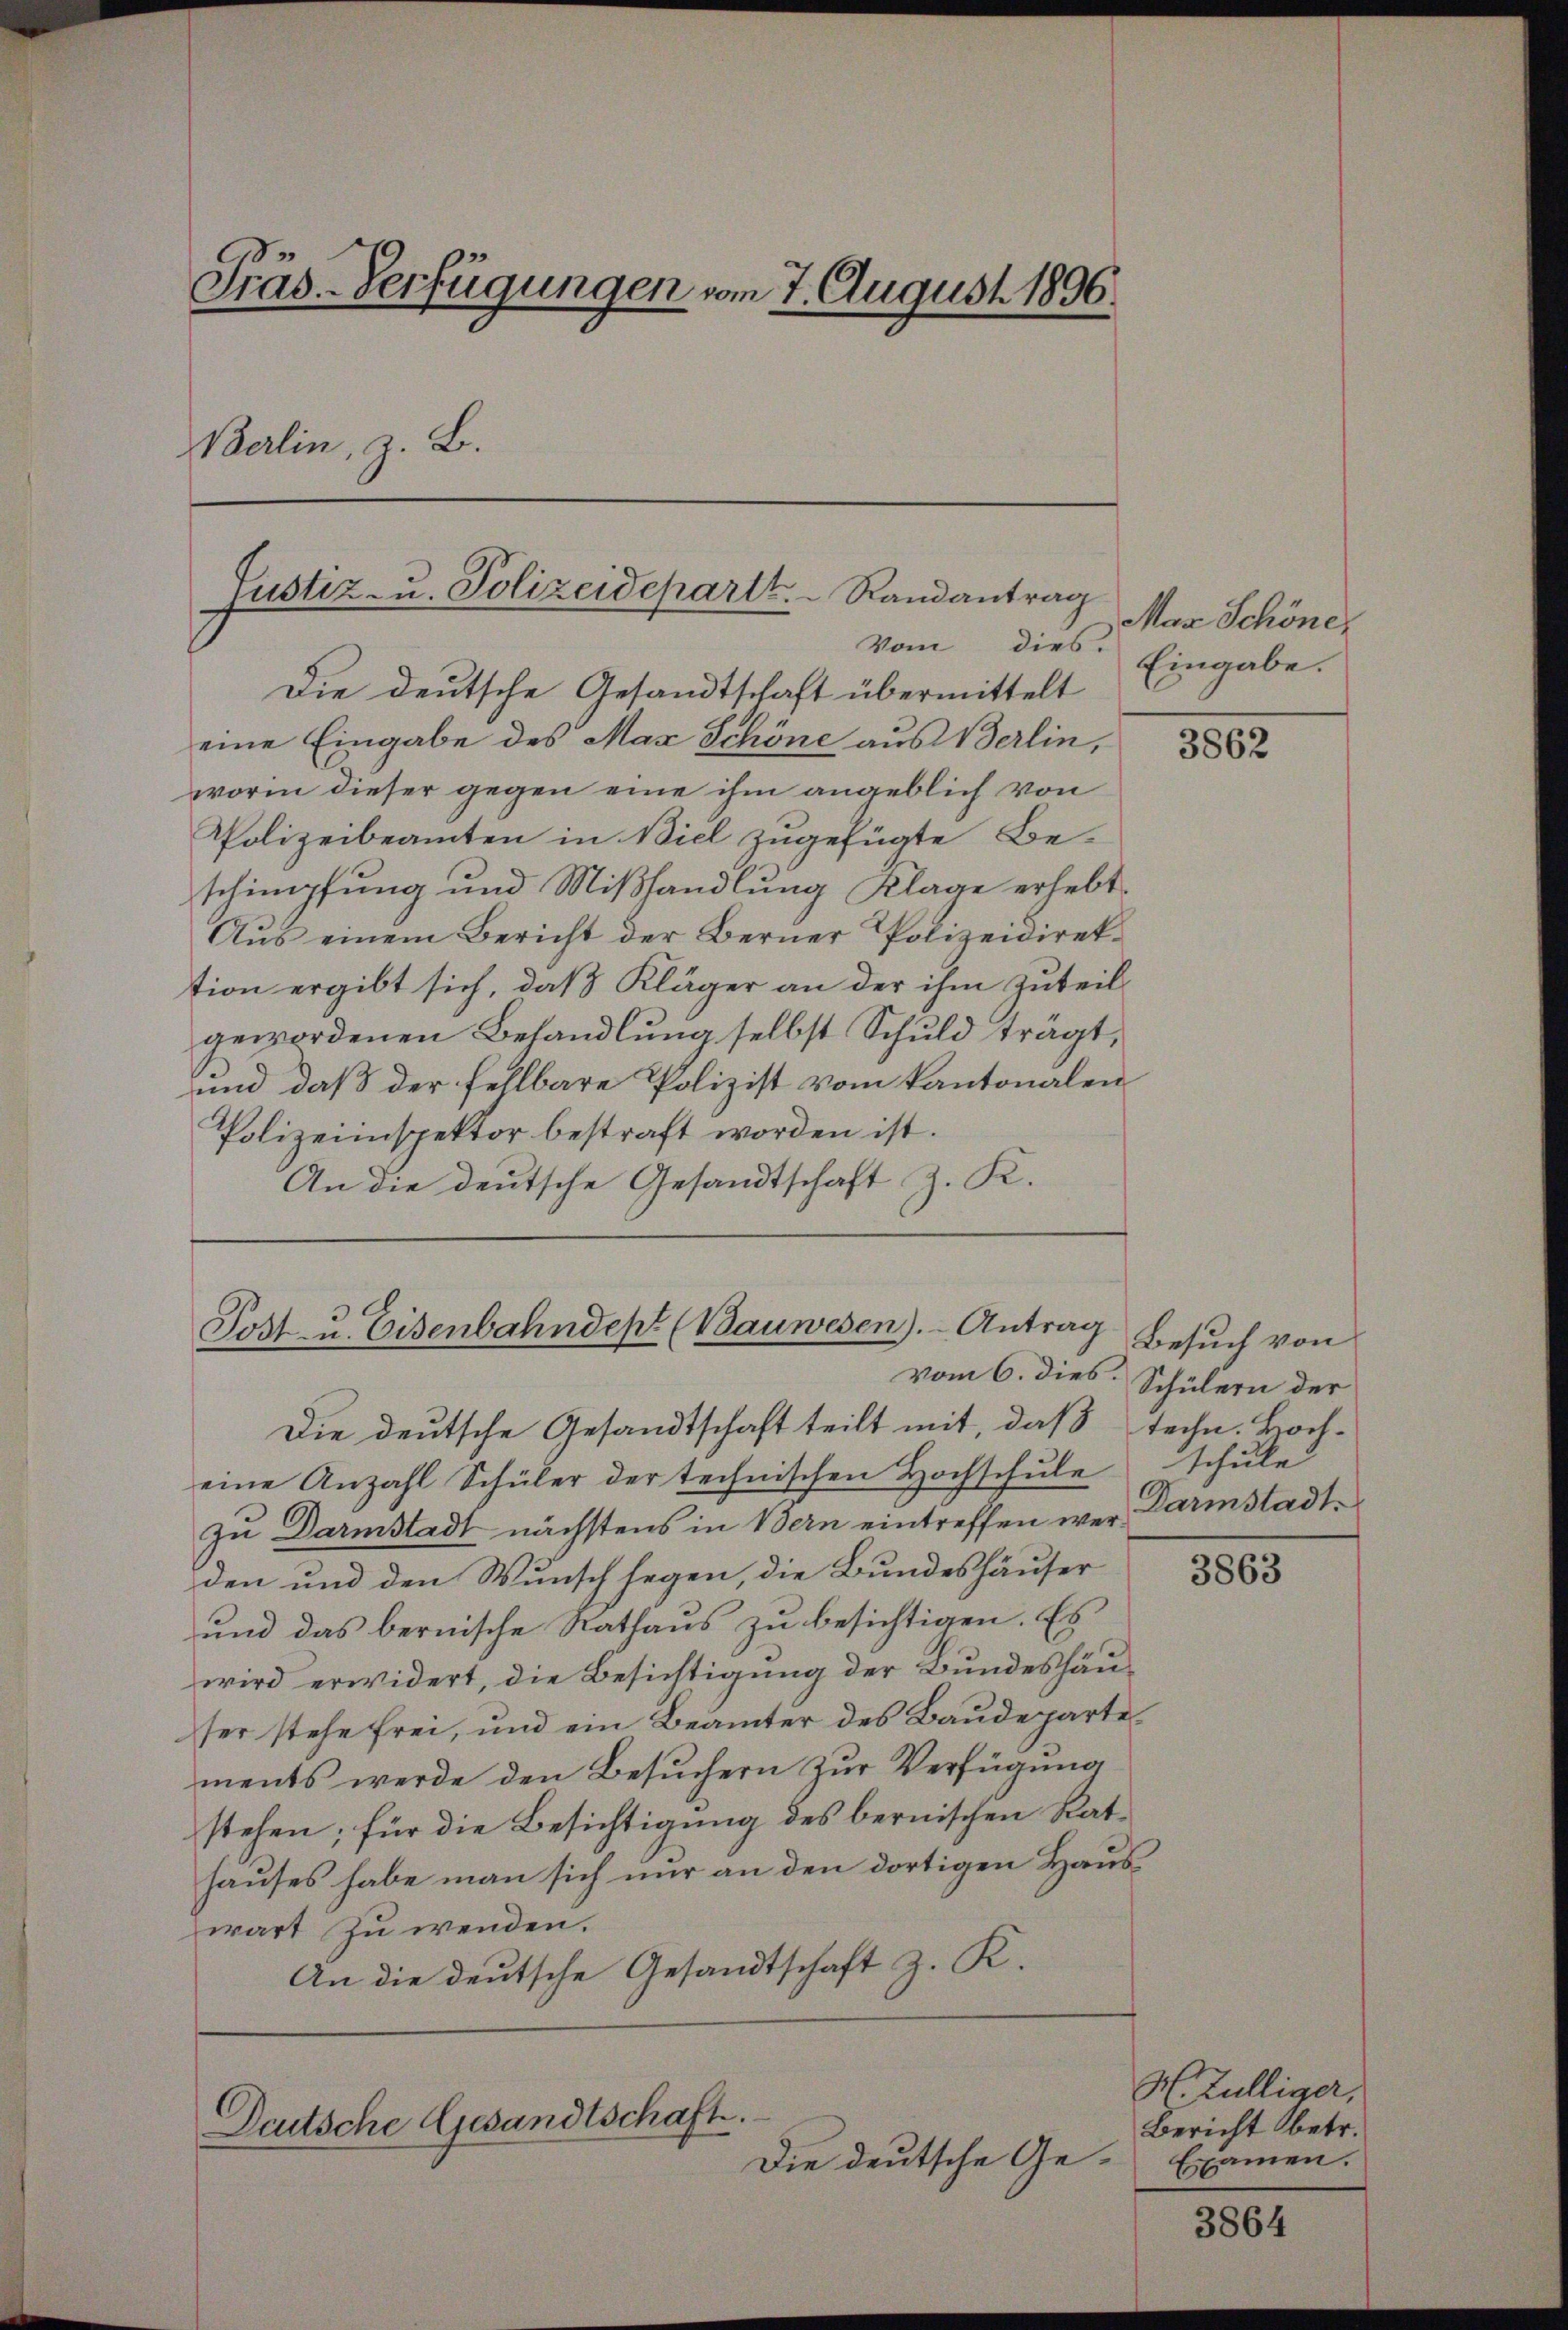
Präs. Verfügungen vom 7. August 1896.
erlin, z. B.

Justiz- u. Polizeidepartt.   Randantrag
vom dies: Eingabe.

vom 6. dies.

Die deutsche Gesandtschaft übermittelt
eine Eingabe des Max Schöne aus Berlin,
worin dieser gegen eine ihm angeblich von
Polizeibeamten in Biel zugefügte Be-
schimpfung und Mißhandlung Klage erhebt.
Aus einem Bericht der Berner Polizeidirektion ergibt sich, daß Kläger an der ihm zuteilgewordenen Behandlung selbst Schuld trägt,
und daß der fehlbare Polizist vom Kantonalen
Polizeiinspektor bestraft worden ist.
An die deutsche Gesandtschaft z. K.
Post- u. Eisenbahndept (Bauwesen). - Antrag

Die deutsche Gesandtschaft teilt mit, daß techn. Hocheine Anzahl Schüler der technischen Hochschŭle schule
zu Darmstadt nächstens in Bern eintreffen wer Darmstadtden und den Wunsch sagen, die Bundeshäuser
und das bernische Rathaus zu besichtigen. Es
wird erwidert, die Besichtigung der Bundeshäuser stehe frei, und ein Beamter des Baudepartements werde den Besuchern zur Verfügung
stehen; für die Besichtigung des bernischen Rathauses habe man sich nur an den dortigen Haus
wart zu wenden.
An die deutsche Gesandtschaft z. K.

Deutsche Gesandtschaft.
Die deutsche Ge¬

Mar Schöne,

Besuch von
Schülern der

3862

3863

H. Zülliger,
Bericht betr.
Examen.

3864